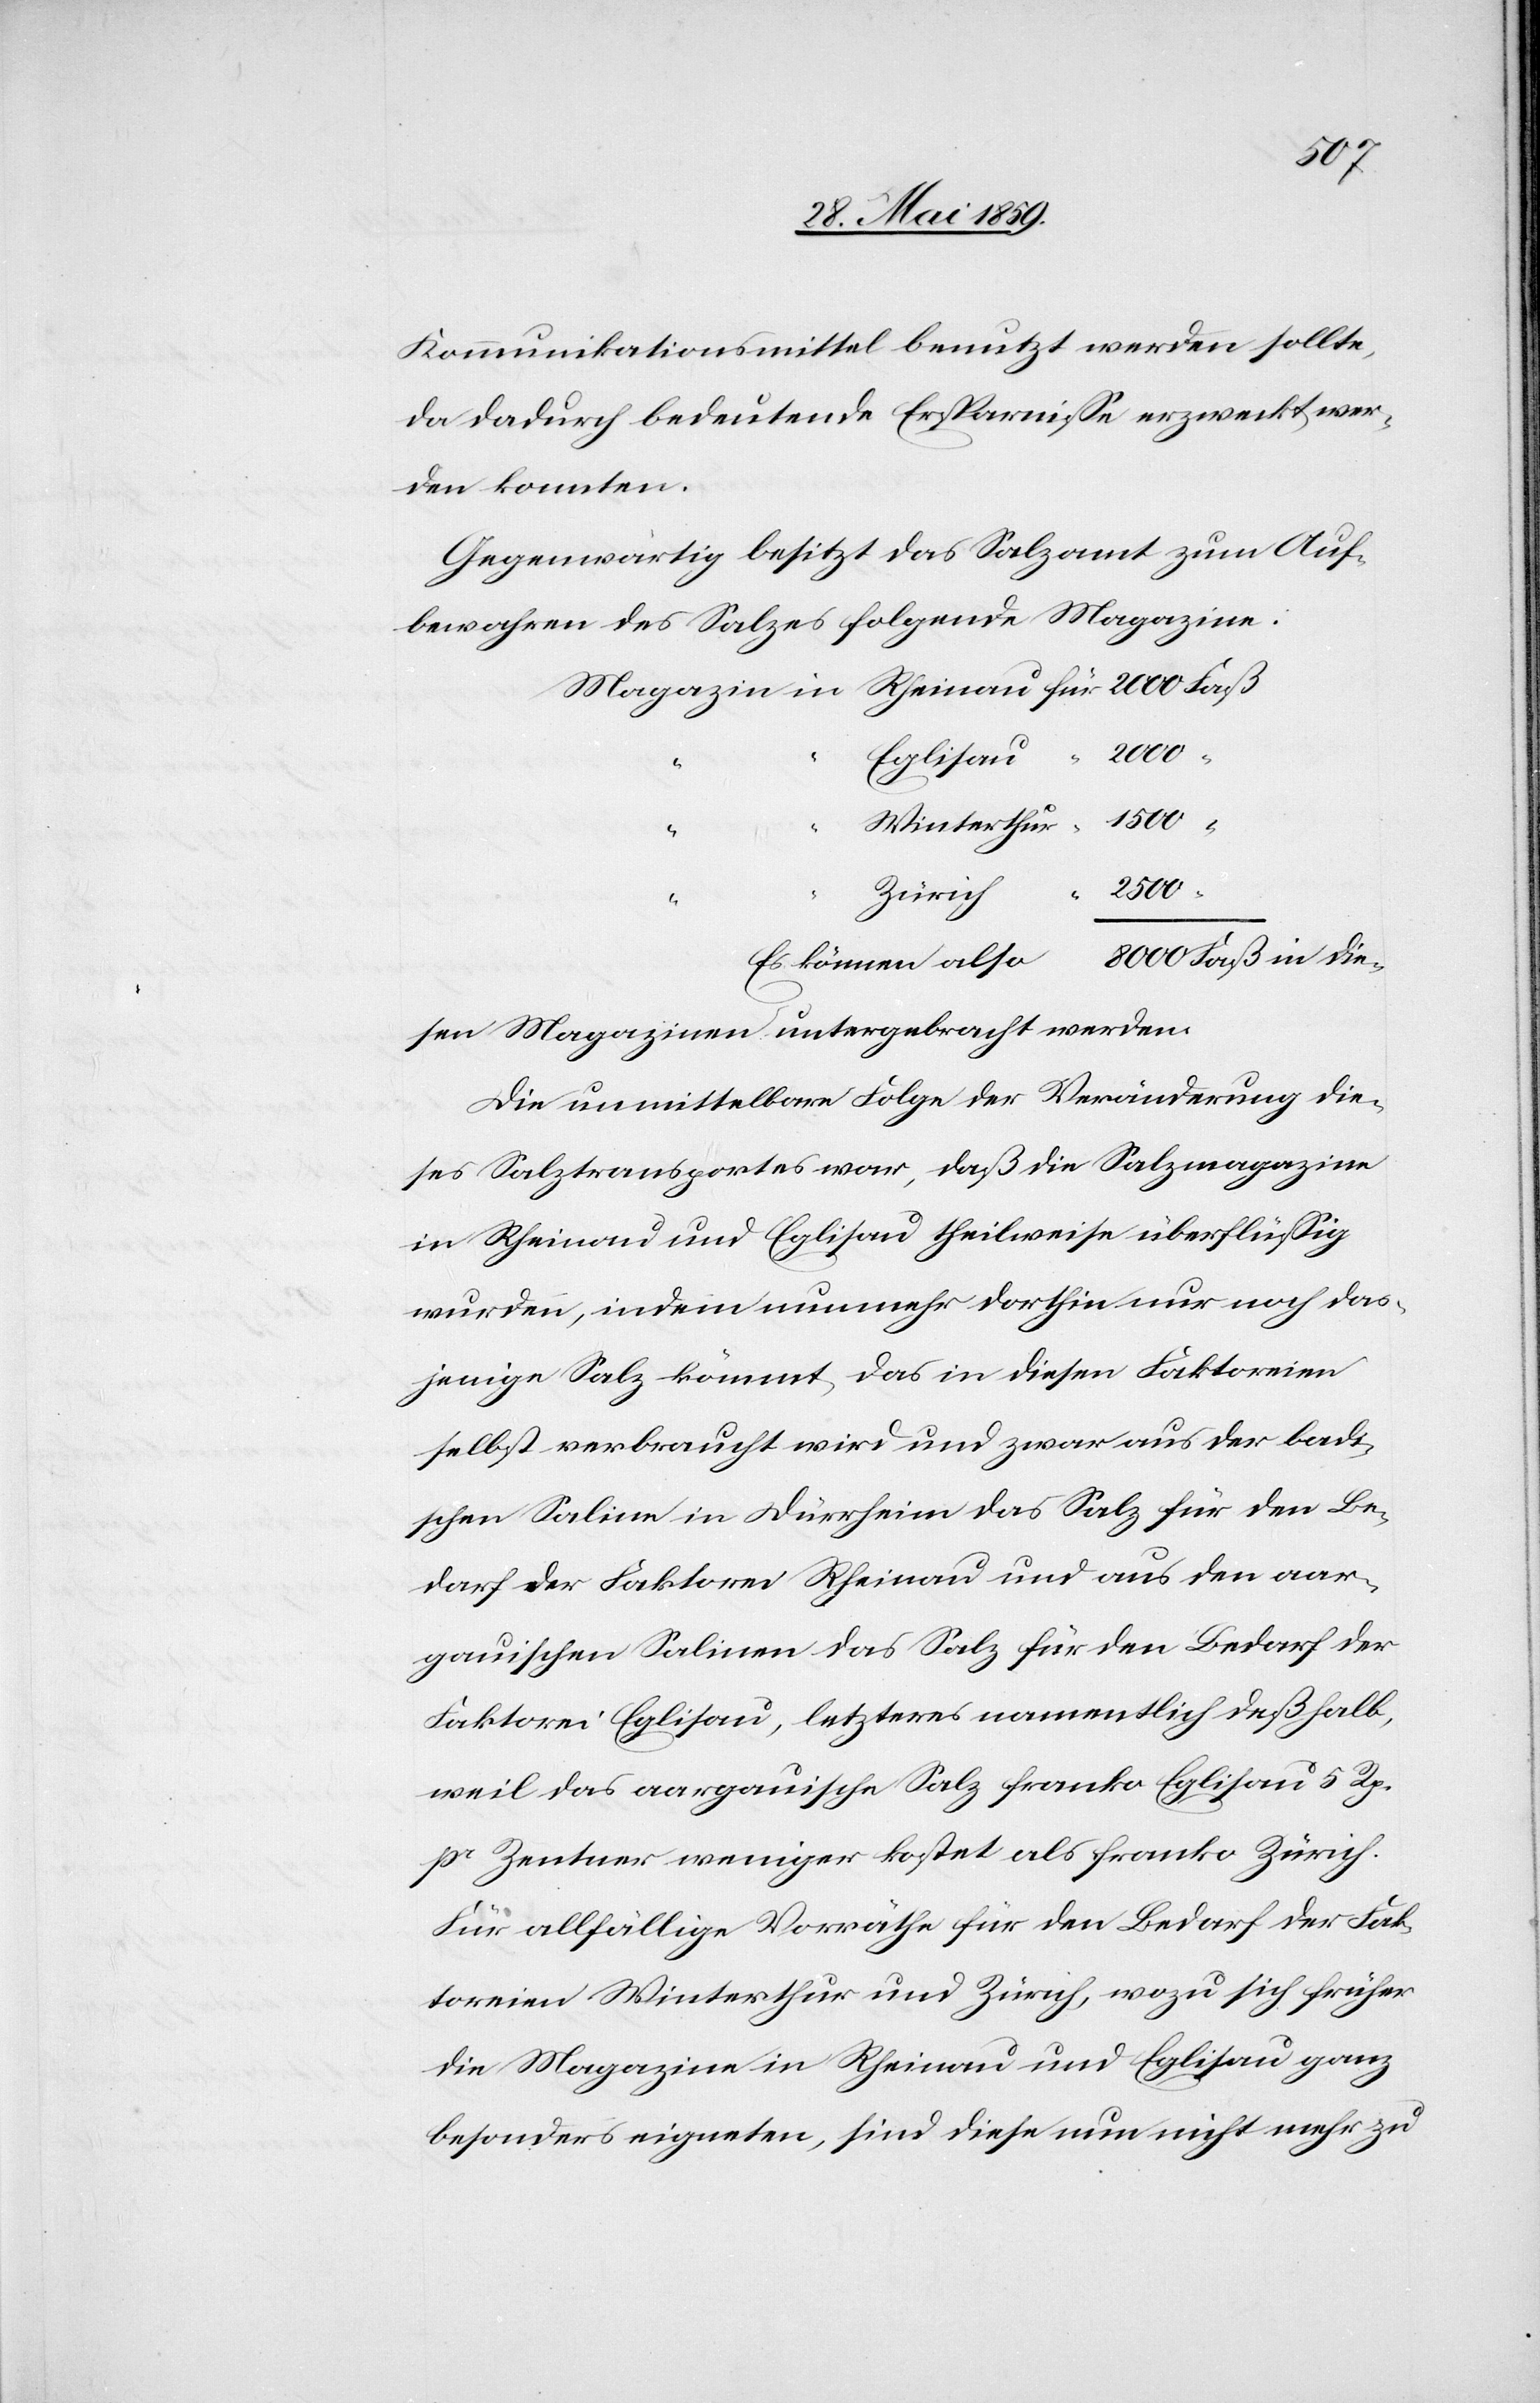
Kommunikationsmittel benutzt werden sollte,
da dadurch bedeutende Ersparnisse erzweckt wer¬
den konnten.
Gegenwärtig besitzt das Salzamt zum Auf¬
bewahren des Salzes folgende Magazine:
Winterthur
“
2500
Zürich
Es können also 8000 Faß in die¬
sen Magazinen untergebracht werden.
Die unmittelbare Folge der Veränderung die¬
ses Salztransportes war, daß die Salzmagazine
in Rheinau und Eglisau theilweise überflüssig
wurden, indem nunmehr dorthin nur noch das¬
jenige Salz kömmt, das in diesen Faktoreien
selbst verbraucht wird und zwar aus der badi¬
schen Saline in Dürrheim das Salz für den Be¬
darf der Faktorei Rheinau und aus den aar¬
gauischen Salinen das Salz für den Bedarf der
Faktorei Eglisau, letzteres namentlich deßhalb,
weil das aargauische Salz franko Eglisau 5 Rp.
pr Zentner weniger kostet als franko Zürich.
Für allfällige Vorräthe für den Bedarf der Fak¬
toreien Winterthur und Zürich, wozu sich früher
die Magazine in Rheinau und Eglisau ganz
besonders eigneten, sind diese nun nicht mehr zu